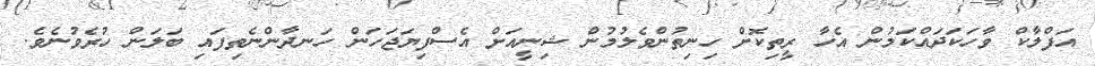
އަފްލާކް ވާހަކަދައްކަމުން އެހާ ރީތިކޮށް ހިނިތުންވެލުމުން ޝިނީއަށް އެސްފިޔަޖަހަން ހަނދާންނެތިފައި ބަލަން ހުރެވުނެވެ.